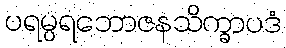
ပရမ္ပရဘောဇနသိက္ခာပဒံ